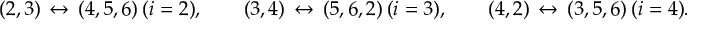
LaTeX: ( 2 , 3 ) \, \leftrightarrow \, ( 4 , 5 , 6 ) \ ( i = 2 ) , \qquad ( 3 , 4 ) \, \leftrightarrow \, ( 5 , 6 , 2 ) \ ( i = 3 ) , \qquad ( 4 , 2 ) \, \leftrightarrow \, ( 3 , 5 , 6 ) \ ( i = 4 ) .